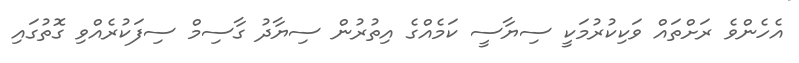
އެހެންވެ ރަށްތައް ވަކިކުރުމަކީ ސިޔާސީ ކަމެއްގެ އިތުރުން ސިޔާދު ގާސިމް ސިފަކުރެއްވި ގޮތުގައި